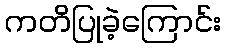
ကတိပြုခဲ့ကြောင်း